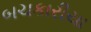
બચકારીયા